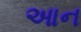
આન